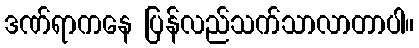
ဒဏ်ရာကနေ ပြန်လည်သက်သာလာတာပါ။